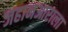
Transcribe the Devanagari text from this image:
जहानआराला